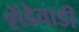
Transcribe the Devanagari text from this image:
शेंडेवाडी